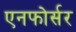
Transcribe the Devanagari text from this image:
एनफोर्सर